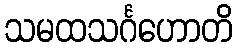
သမထသင်္ဂဟောတိ